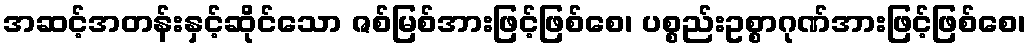
အဆင့်အတန်းနှင့်ဆိုင်သော ဇစ်မြစ်အားဖြင့်ဖြစ်စေ၊ ပစ္စည်းဥစ္စာဂုဏ်အားဖြင့်ဖြစ်စေ၊